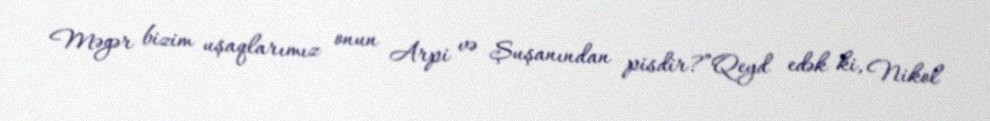
Məgər bizim uşaqlarımız onun Arpi və Şuşanından pisdir?”Qeyd edək ki, Nikol